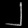
Digit: ၂